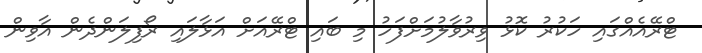
ޓްރޭއެއްގައި ހަކުރު ކޮޅު ވިރުވާލުމަށްފަހު މި ބައި ޓްރޭއަށް އަޅާލައި ރޯފިލަންދެން އާވިން